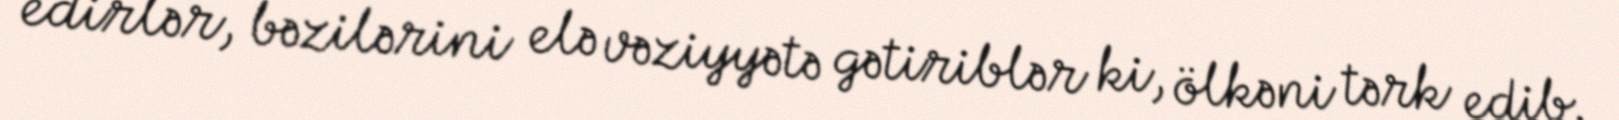
edirlər, bəzilərini elə vəziyyətə gətiriblər ki, ölkəni tərk edib.